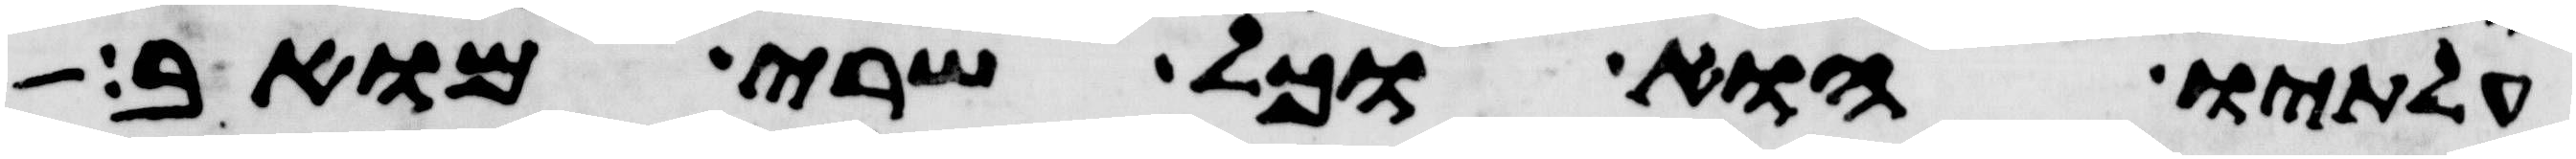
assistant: עלתיו הוא וכל שרי מואב